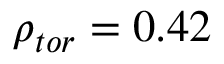
\rho _ { t o r } = 0 . 4 2